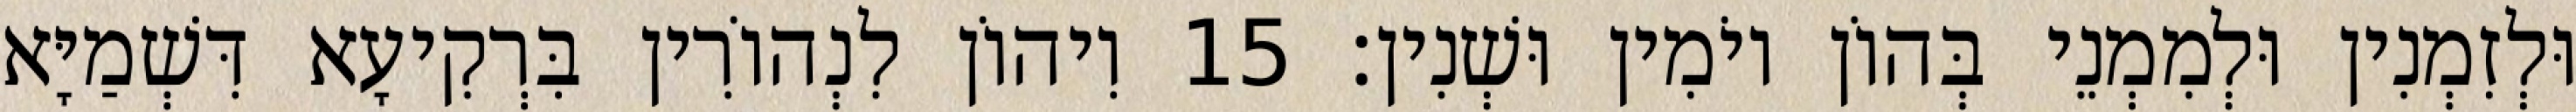
וּלְזִמְנִין וּלְמִמְנֵי בְּהוֹן יוֹמִין וּשְׁנִין׃ 15 וִיהוֹן לִנְהוֹרִין בִּרְקִיעָא דִּשְׁמַיָּא